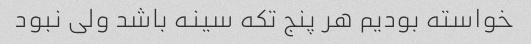
خواسته بودیم هر پنج تکه سینه باشد ولی نبود